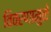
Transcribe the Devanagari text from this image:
विवरणामुळे